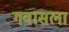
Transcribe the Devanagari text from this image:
गवासला